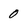
Character: 0